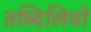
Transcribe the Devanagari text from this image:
तब्दिलियों